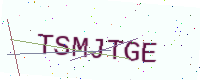
Text: TSMJTGE